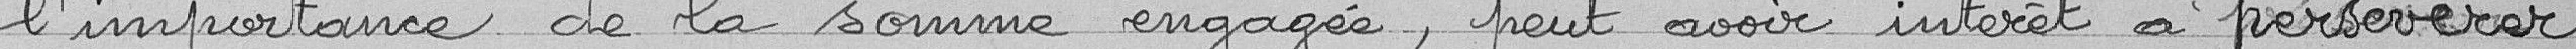
l'importance de la somme engagée, peut avoir intérêt à persévérer